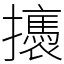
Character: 𢸣